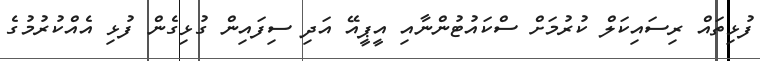
ފުޅިތައް ރިސައިކަލް ކުރުމަށް ސްކައުޓުންނާއި އީޕީއޭ އަދި ސިފައިން ގުޅިގެން ފުޅި އެއްކުރުމުގެ